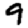
Digit: 9